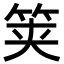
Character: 䇲